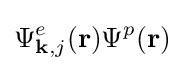
\Psi _{\mathbf {k} ,j}^{e}(\mathbf {r} )\Psi ^{p}(\mathbf {r} )